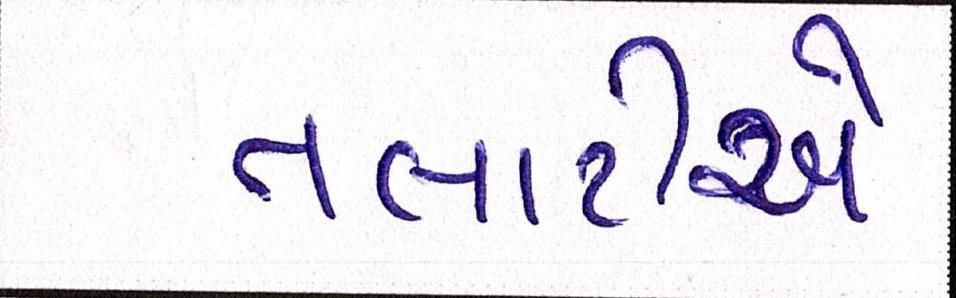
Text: તલાટીએ